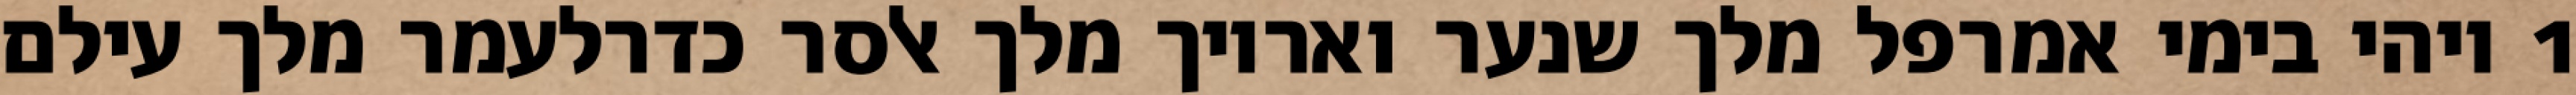
1 ויהי בימי אמרפל מלך שנער ואריוך מלך אלסר כדרלעמר מלך עילם